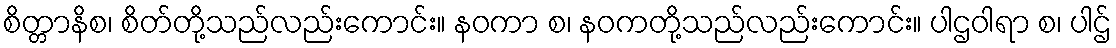
စိတ္တာနိစ၊ စိတ်တို့သည်လည်းကောင်း။ နဝကာ စ၊ နဝကတို့သည်လည်းကောင်း။ ပါဌဝါရာ စ၊ ပါဌ်